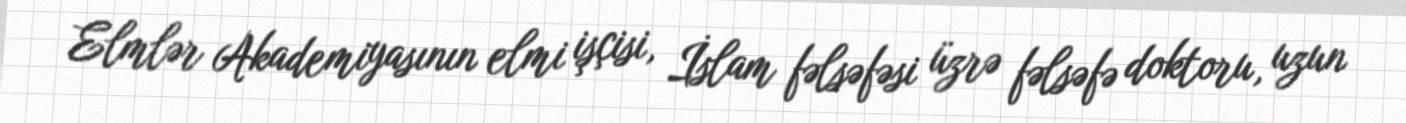
Elmlər Akademiyasının elmi işçisi, İslam fəlsəfəsi üzrə fəlsəfə doktoru, uzun